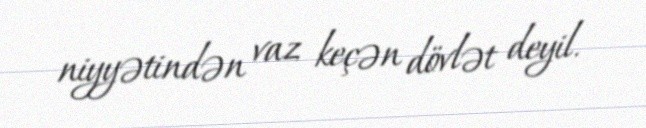
niyyətindən vaz keçən dövlət deyil.